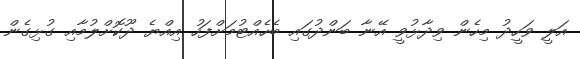
އަލީ ވަހީދު މިހެން ވިދާޅުވީ އޭނާ ބަންދުގައި ބެހެއްޓުމަށްފަހު އިއްޔެ ދޫކޮށްލުމާއި ގުޅިގެން